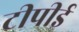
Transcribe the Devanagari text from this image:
टीपीई